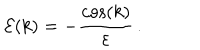
{ \cal E } ( k ) = - \frac { \cos ( k ) } { \varepsilon } \, .